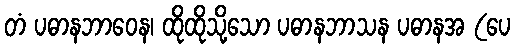
တံ ပဓာနဘာဝေန၊ ထိုထိုသို့သော ပဓာနဘာသန ပဓာနအ (ပေ